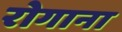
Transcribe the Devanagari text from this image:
रोगाना